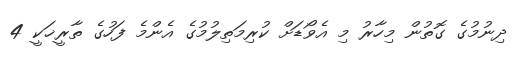
ދިނުމުގެ ގޮތުން މިހާރު މި އެވޯޑަށް ކުރިމަތިލުމުގެ އެންމެ ފަހުގެ ތާރީޚަކީ 4